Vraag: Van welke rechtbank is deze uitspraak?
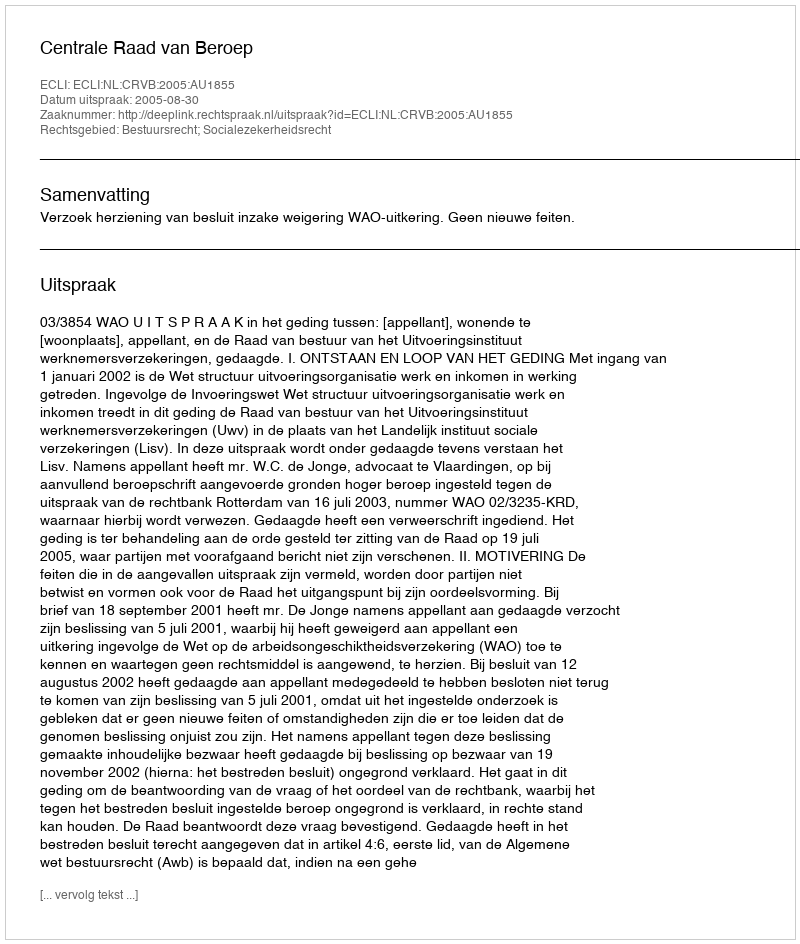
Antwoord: Centrale Raad van Beroep